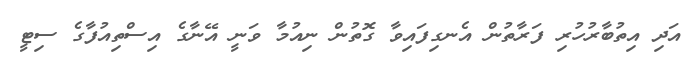
އަދި އިތުބާރުހުރި ފަރާތުން އެނގިފައިވާ ގޮތުން ނިއުމާ ވަނީ އޭނާގެ އިސްތިއުފާގެ ސިޓީ